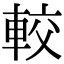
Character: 較